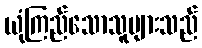
ယုံကြည်သောသူများသည်